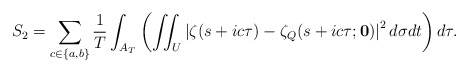
\begin{align*}S_2=\sum_{c\in\{a,b\}}\frac{1}{T}\int_{A_T}\left(\iint_U \left|\zeta(s+ic\tau)-\zeta_Q(s+ic\tau;\mathbf{0})\right|^2 d\sigma dt\right)d\tau.\end{align*}